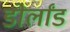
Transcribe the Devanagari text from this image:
डोर्लांड